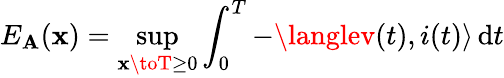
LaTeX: E_{\mathbf{A}}(\mathbf{x})=\operatorname*{sup}_{\mathbf{x}\toT\geq0}\int_{0}^{T}-\langlev(t),i(t)\rangle\, {\mathord{\operatorname{d}}}t